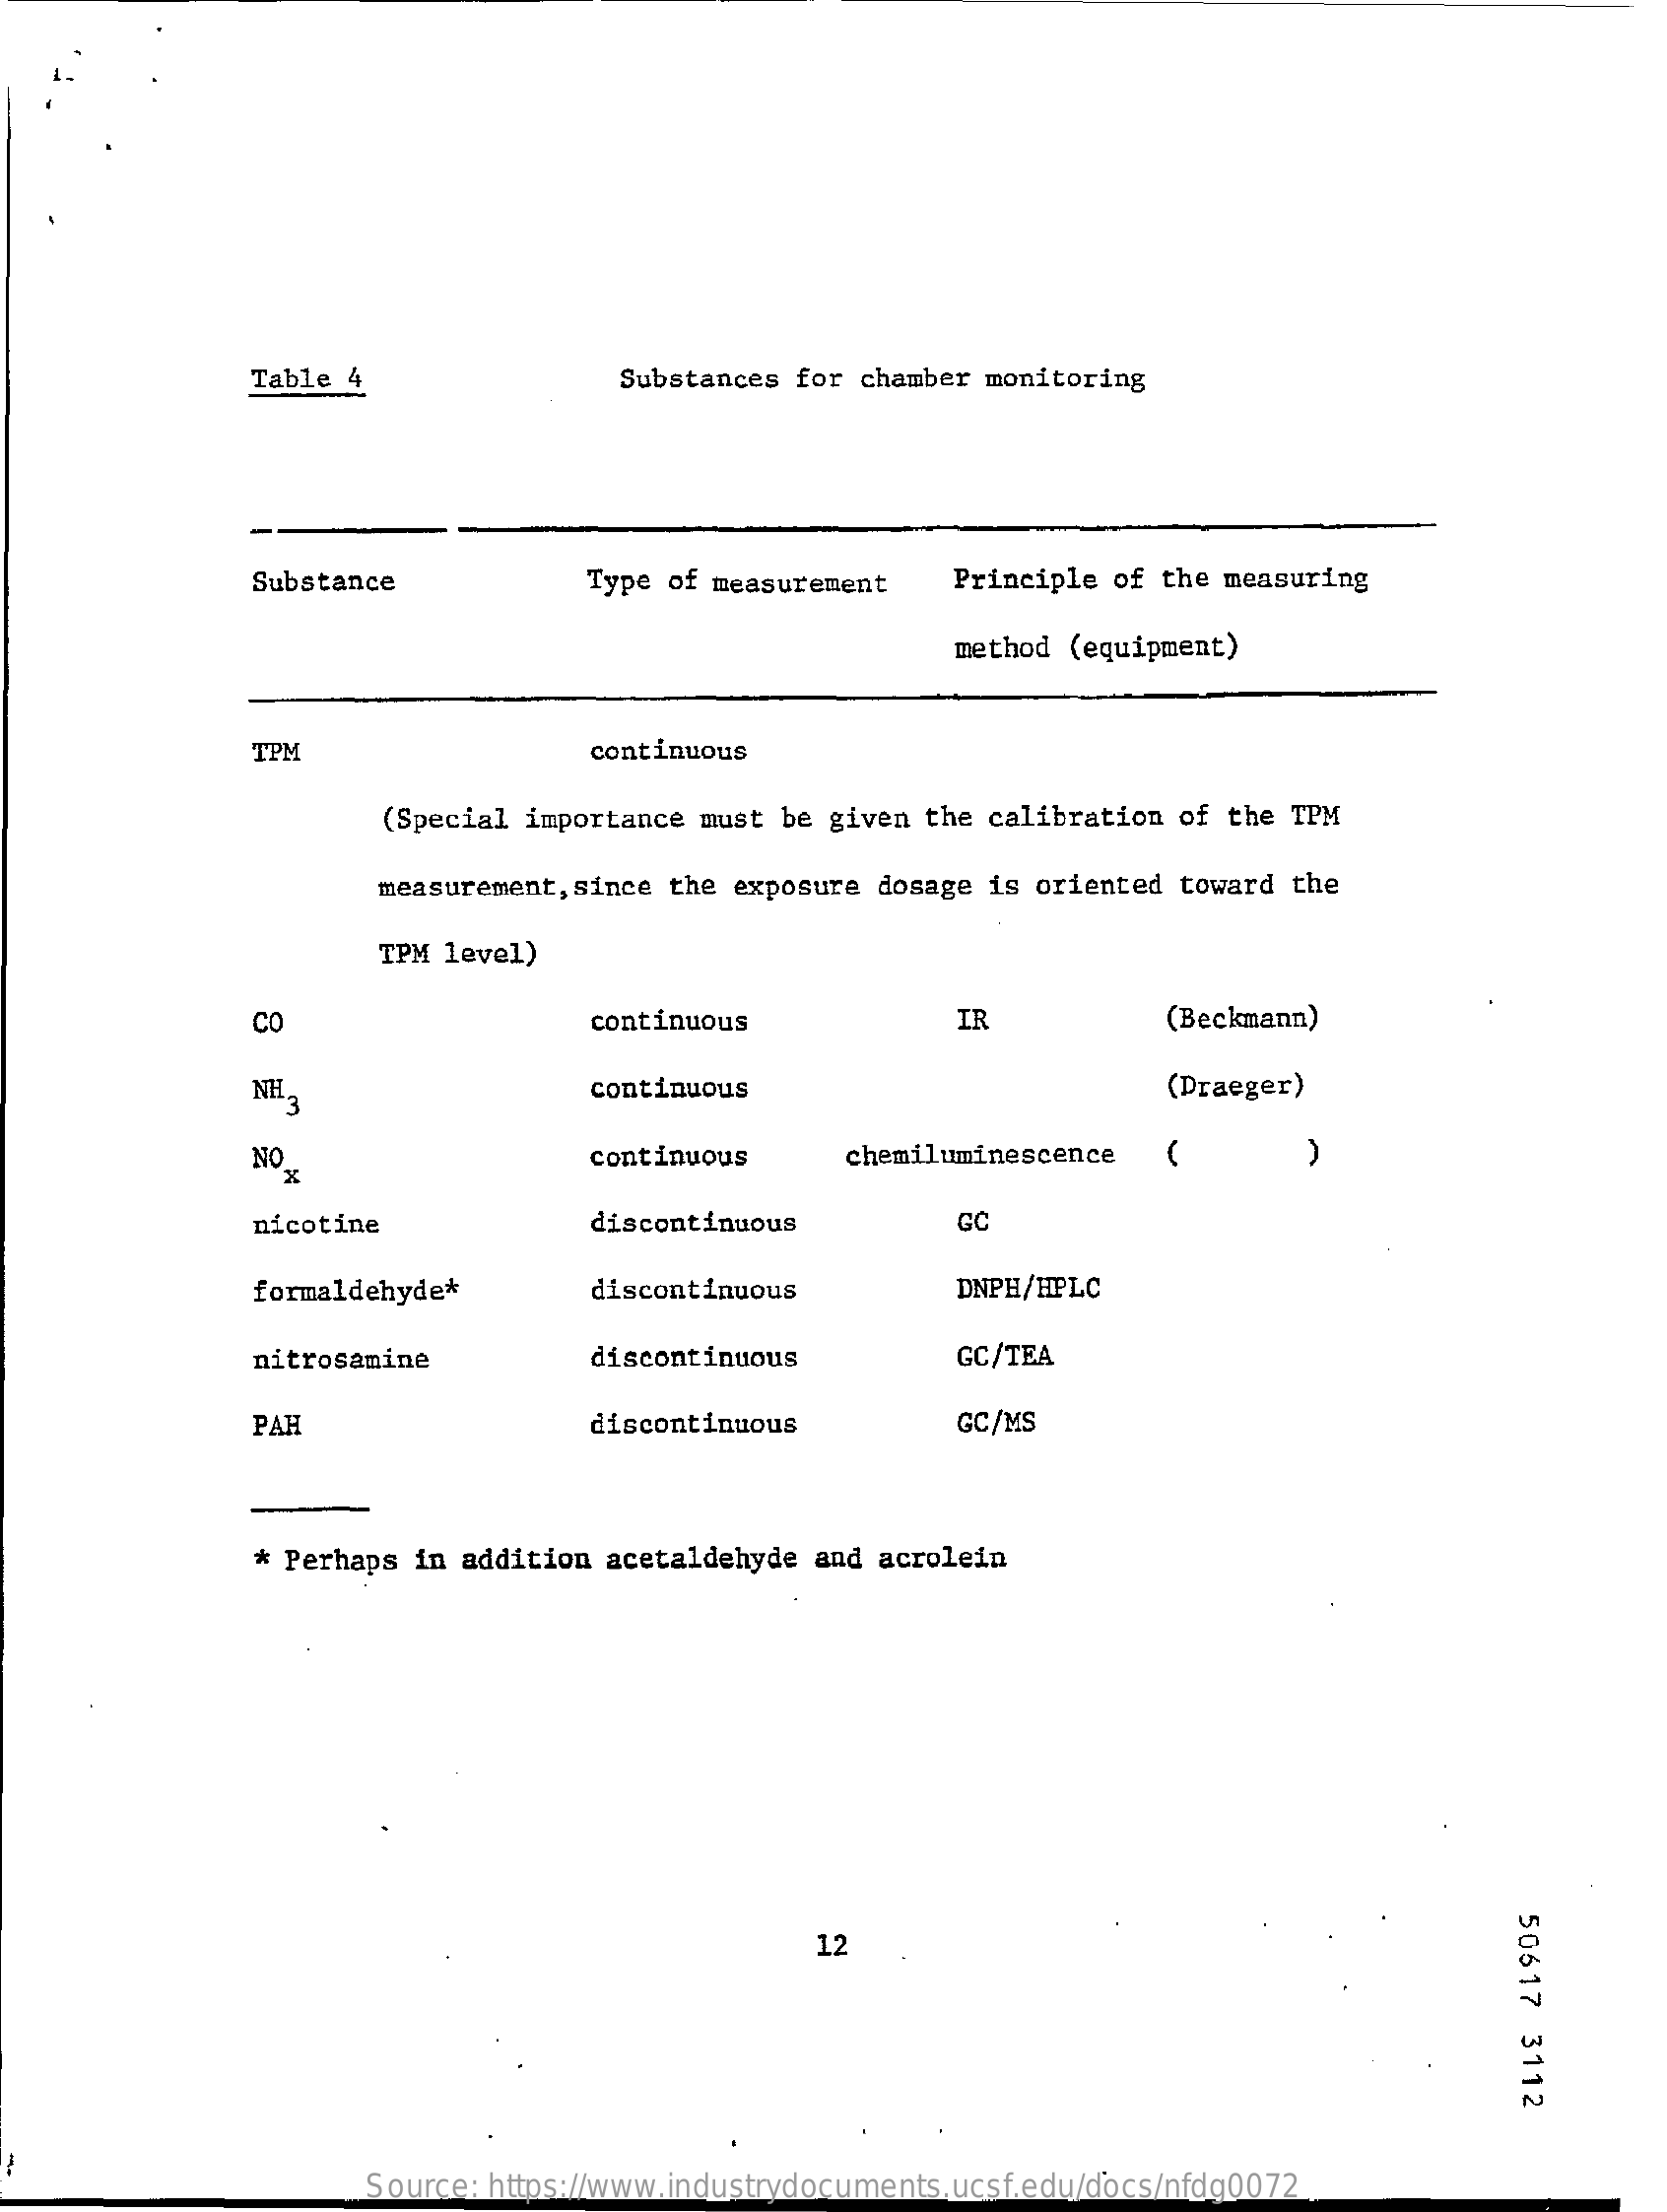
Table 4    Substances for chamber monitoring
     Substance    Type of measurement    Principle of the measuring
     method (equipment)
     TPM    continuous
     (Special importance must be given the calibration of the TPM
     measurement, since the exposure dosage is oriented toward the
     TPM level)
     CO    continuous    IR    (Beckmann)
     NH    continuous    (Draeger)
     NO x    continuous    chemiluminescence    )
     nicotine    discontinuous    GC
     formaldehyde*    discontinuous    DNPH/HPLC
     nitrosamine    discontinuous    GC/TEA
     PAH    discontinuous    GC/MS
     * Perhaps in addition acetaldehyde  and acrolein
     50617
     3112
     12
     Source: https://www.industrydocuments.ucsf.edu/docs/nfdg0072